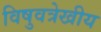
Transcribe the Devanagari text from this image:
विषुवत्रेखीय